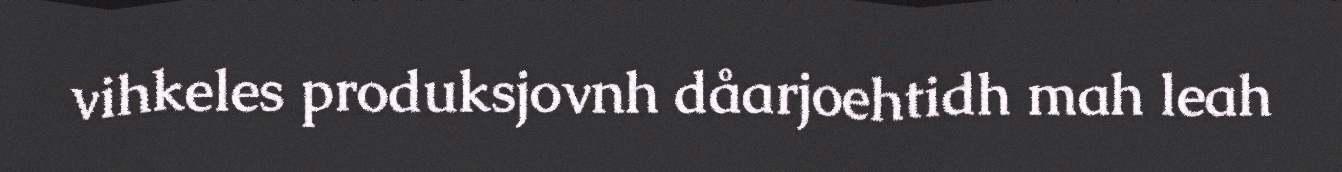
vihkeles produksjovnh dåarjoehtidh mah leah